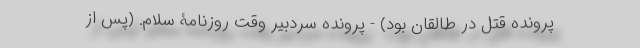
پرونده قتل در طالقان بود) - پرونده سردبیر وقت روزنامۀ سلام. (پس از